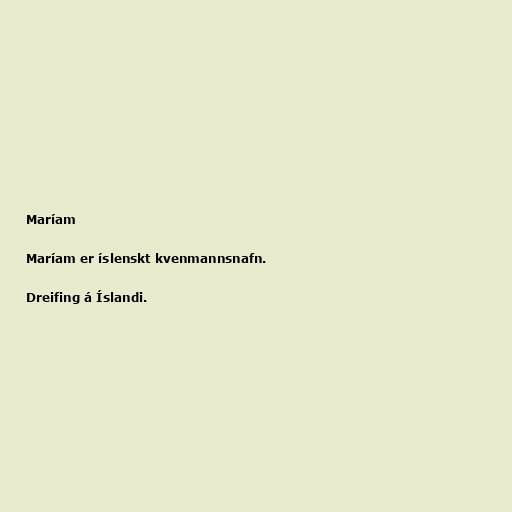
Maríam

Maríam er íslenskt kvenmannsnafn.

Dreifing á Íslandi.